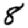
Digit: 8